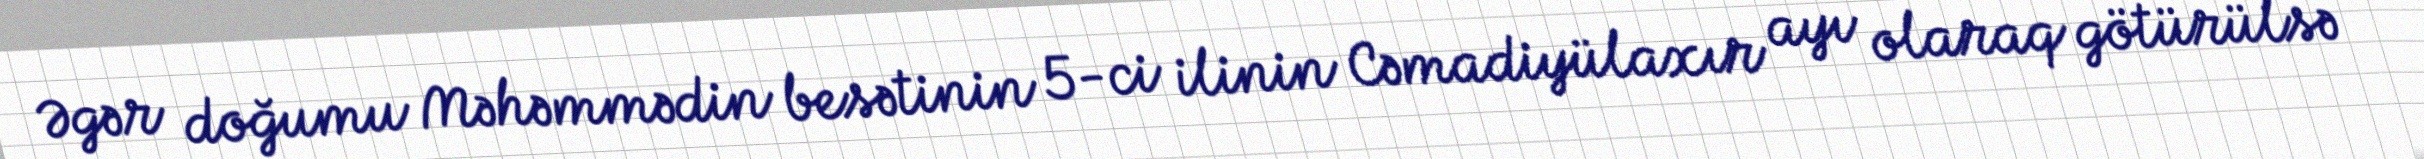
Əgər doğumu Məhəmmədin besətinin 5-ci ilinin Cəmadiyülaxır ayı olaraq götürülsə